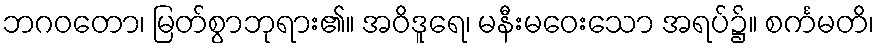
ဘဂဝတော၊ မြတ်စွာဘုရား၏။ အဝိဒူရေ၊ မနီးမဝေးသော အရပ်၌။ စင်္ကမတိ၊